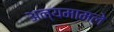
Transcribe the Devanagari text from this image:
अन्यमामले